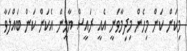
މިކަން ކަން މިހެން މިދިމާވަނީ އެއީ ރައީސް ޔާމީން އެކަން ކަން ބައްލަވާ